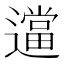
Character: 𬩖